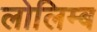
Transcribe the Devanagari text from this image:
लोलिम्ब